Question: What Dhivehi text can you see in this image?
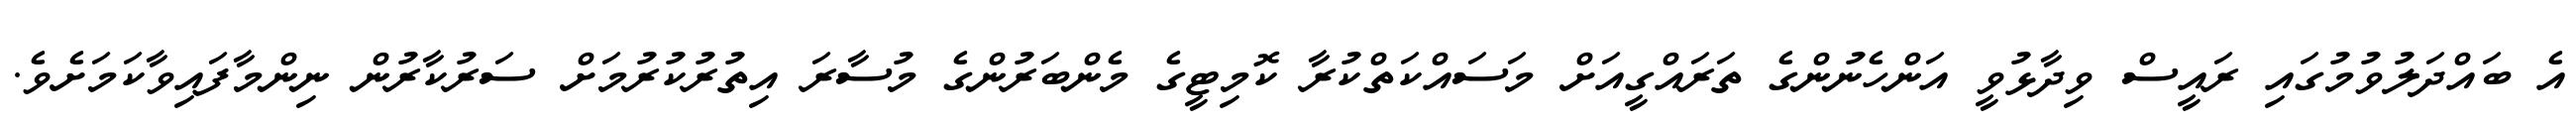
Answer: އެ ބައްދަލުވުމުގައި ރައީސް ވިދާޅުވީ އަންހެނުންގެ ތަރައްގީއަށް މަސައްކަތްކުރާ ކޮމިޓީގެ މެންބަރުންގެ މުސާރަ އިތުރުކުރުމަށް ސަރުކާރުން ނިންމާފައިވާކަމަށެވެ.